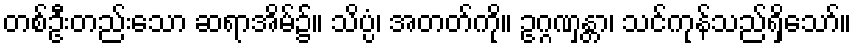
တစ်ဦးတည်းသော ဆရာအိမ်၌။ သိပ္ပံ၊ အတတ်ကို။ ဥဂ္ဂဏှန္တာ၊ သင်ကုန်သည်ရှိသော်။